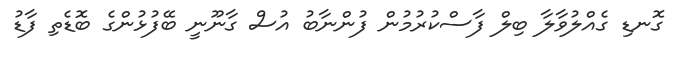
ގޮނޑި ގެއްލުވާލާ ބިލް ފާސްކުރުމުން ފުންނާބު އުސް ގާނޫނީ ބޭފުޅުންގެ ބޮޑެތި ފާޑު